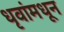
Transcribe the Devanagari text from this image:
धृवांमधून